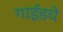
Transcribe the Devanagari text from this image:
गाईडचे